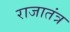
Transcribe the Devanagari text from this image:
राजातंत्र